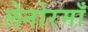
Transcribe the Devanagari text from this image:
लेनोरमाँ